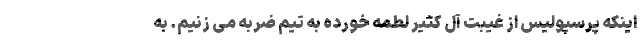
اینکه پرسپولیس از غیبت آل کثیر لطمه خورده به تیم ضربه می زنیم. به